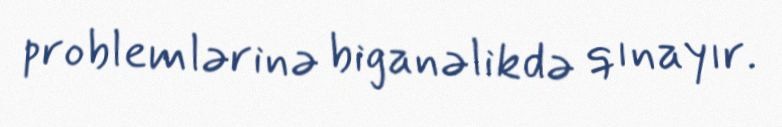
problemlərinə biganəlikdə qınayır.